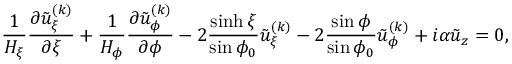
\frac { 1 } { H _ { \xi } } \frac { \partial \tilde { u } _ { \xi } ^ { ( k ) } } { \partial \xi } + \frac { 1 } { H _ { \phi } } \frac { \partial \tilde { u } _ { \phi } ^ { ( k ) } } { \partial \phi } - 2 \frac { \sinh \xi } { \sin \phi _ { 0 } } \tilde { u } _ { \xi } ^ { ( k ) } - 2 \frac { \sin \phi } { \sin \phi _ { 0 } } \tilde { u } _ { \phi } ^ { ( k ) } + i \alpha \tilde { u } _ { z } = 0 ,